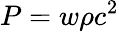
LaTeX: P=w\rho c^{2}